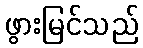
ဖွားမြင်သည်